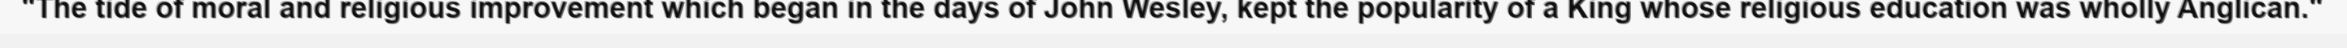
"The tide of moral and religious improvement which began in the days of John Wesley, kept the popularity of a King whose religious education was wholly Anglican."